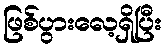
ဖြစ်ပွားလေ့ရှိပြီး